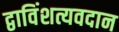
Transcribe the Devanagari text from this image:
द्वाविंशत्यवदान